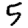
Digit: 5